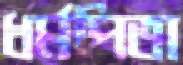
ধর্মপিতা